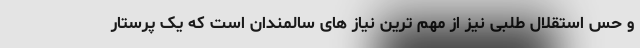
و حس استقلال طلبی نیز از مهم ترین نیاز های سالمندان است که یک پرستار